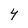
Character: Y